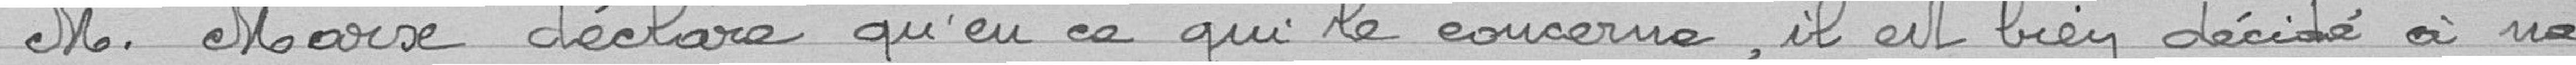
M. le Maire déclare qu'en ce qui le concerne, il est bien décidé à ne